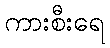
ကားစီးရေ